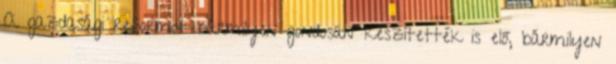
A gazdasági reformot bármilyen gondosan készítették is elő, bármilyen